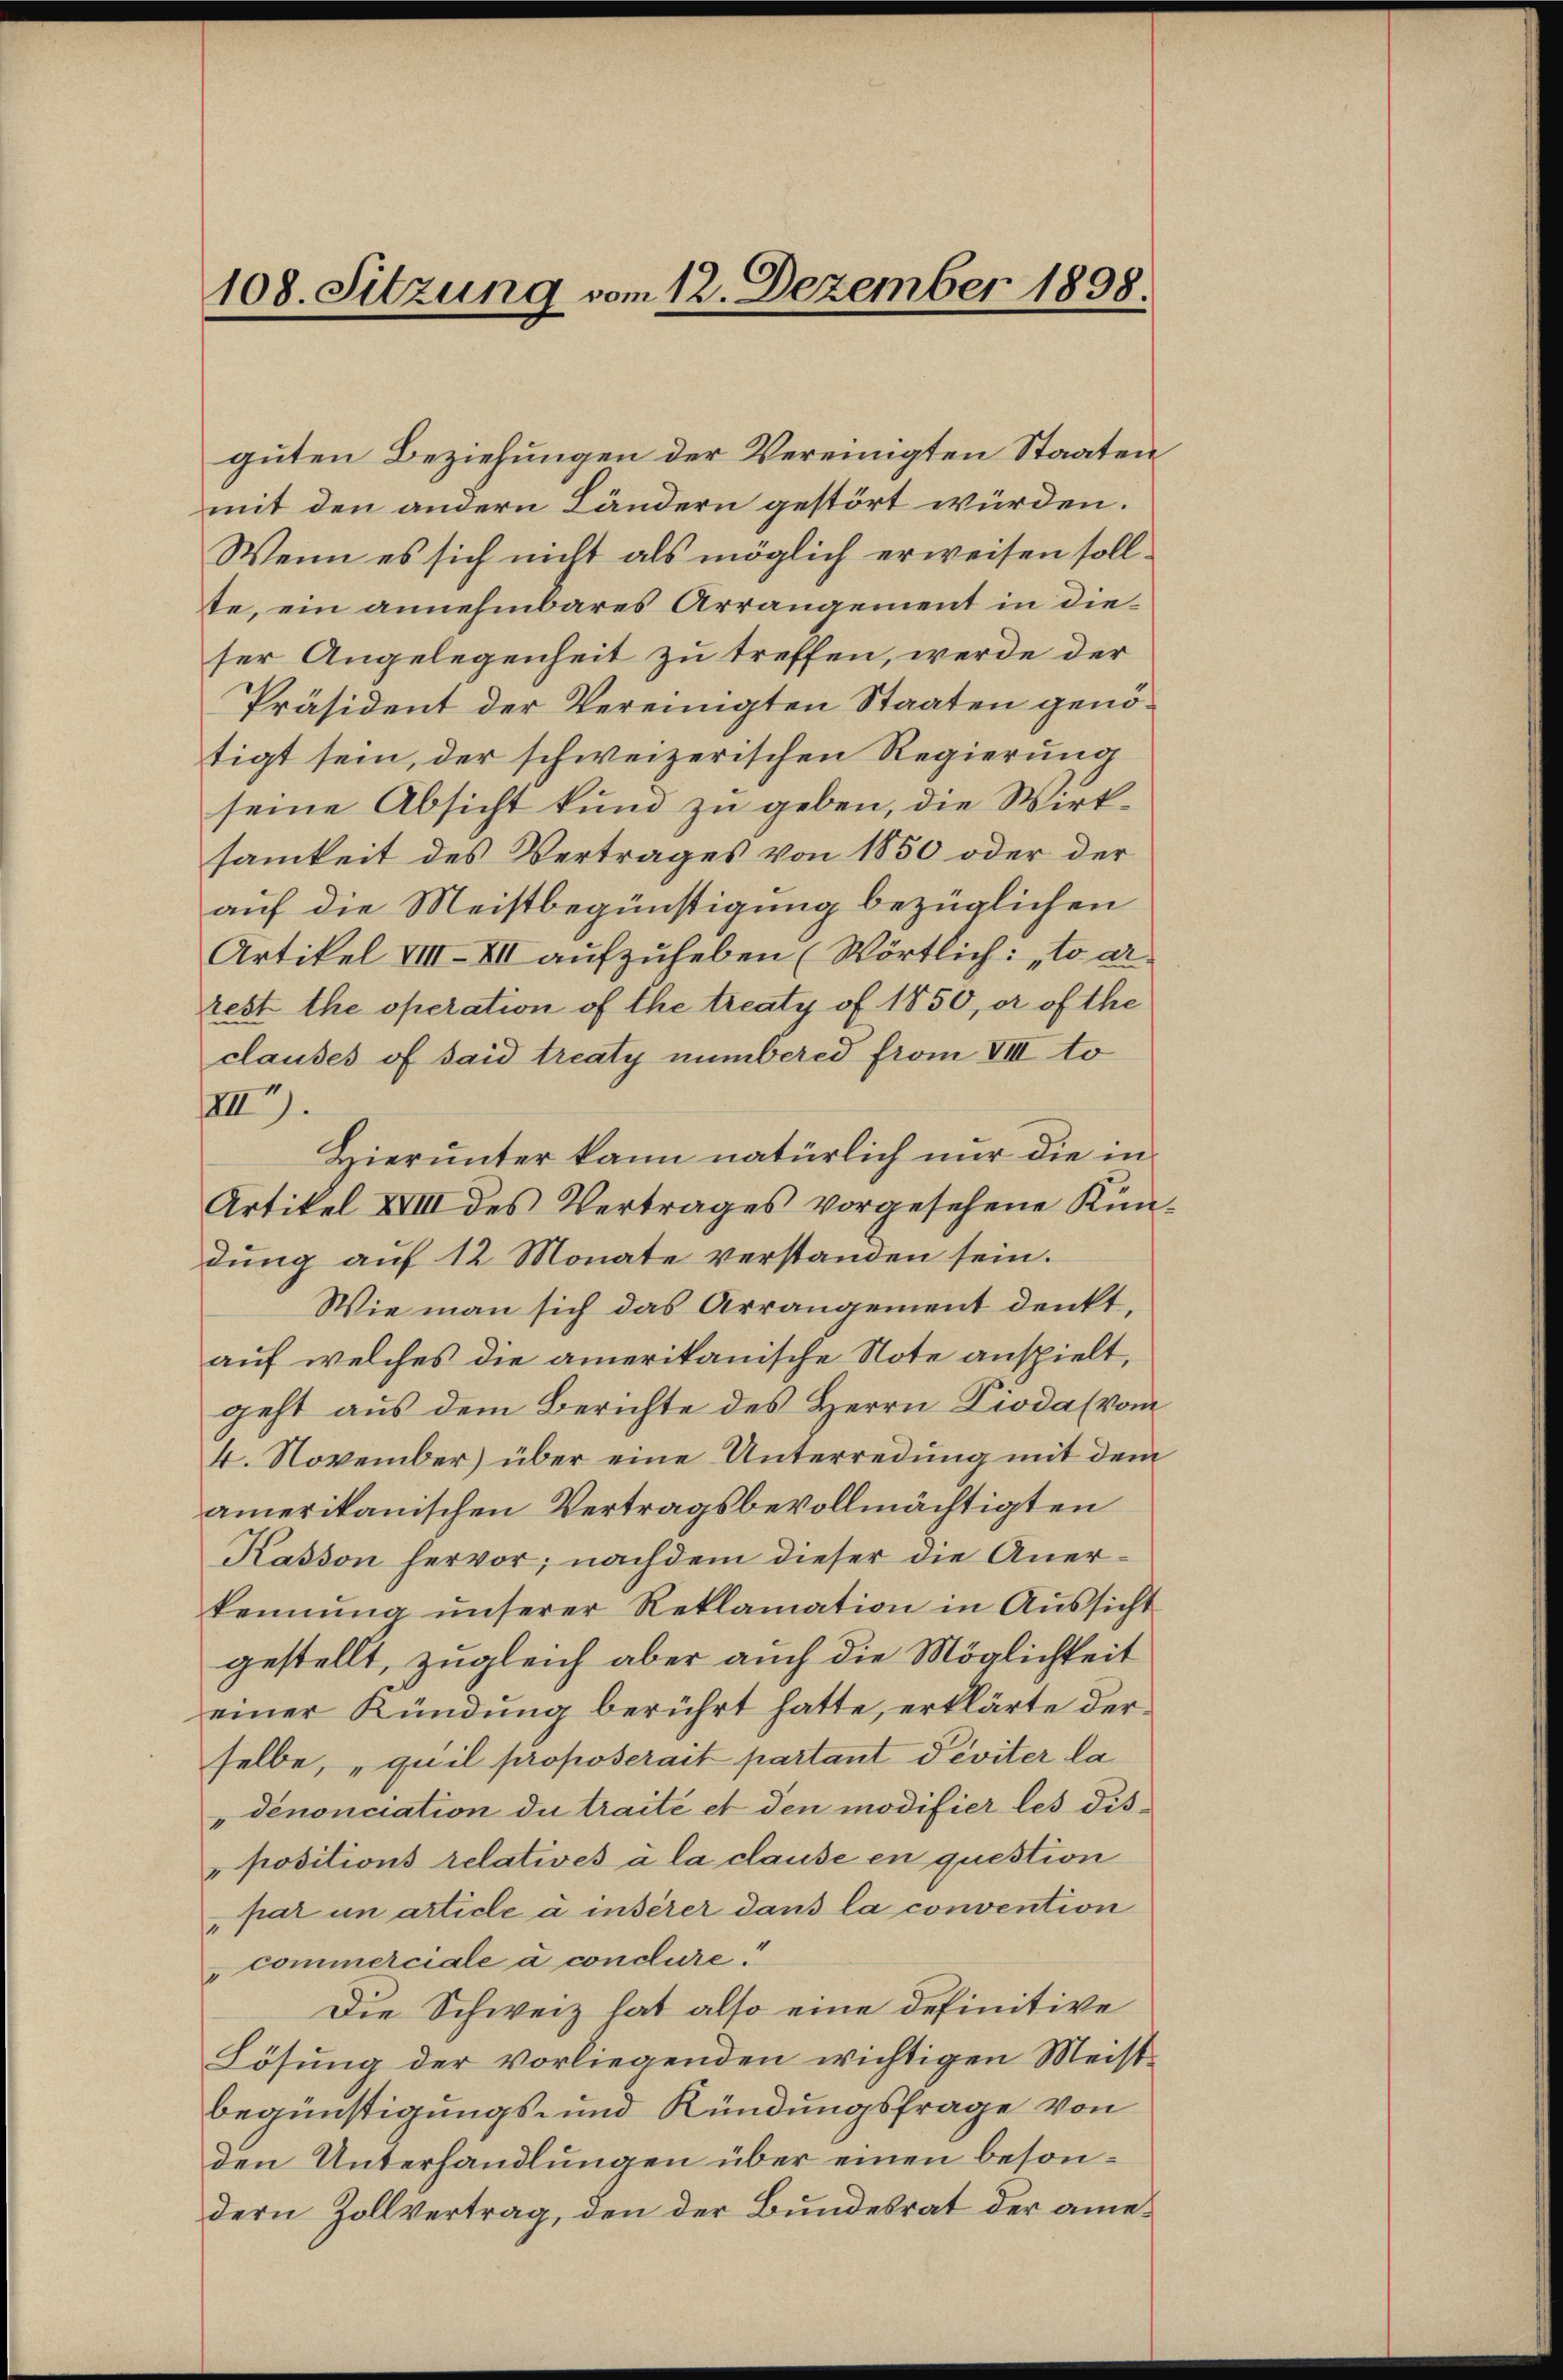
guten Beziehungen der Vereinigten Staaten
mit den andern Ländern gestört würden.
Wenn es sich nicht als möglich erweisen sollte, ein annehmbares Arrangement in dieser Angelegenheit zu treffen, werde der
Präsident der Vereinigten Staaten genötigt sein, der schweizerischen Regierung
seine Absicht kund zu geben, die Wirksamkeit des Vertrages von 1850 oder der
auf die Meistbegünstigung bezüglichen
Artikel VIII-XI aufzuheben (Wörtlich: „to dr
rest the operation of the treaty of 1850, er of the
clauses of said treaty numbered from VIII to
XII.
Hierunter kann natürlich nur die in
Artikel XVIII des Vertrages vorgesehene Kün-
dung auf 12 Monate verstanden sein.
Wie man sich das Arrangement denkt,
auf welches die amerikanische Note anspielt,
geht aus dem Berichte des Herrn Pioda (vom
4. November) über eine Unterredung mit dem
amerikanischen Vertragsbevollmächtigten
Kasson hervor; nachdem dieser die Anerkennung unserer Reklamation in Aŭssicht
gestellt, zugleich aber auch die Möglichkeit
einer Kündung berührt hatte, erklärte derselbe, „quil proposerait partant Peviter la
„denonciation du traite et den modifier les dis¬
" positions relatives à la clause en question
„par un article à inserer dans la convention
commerciale à conclure.
Die Schweiz hat also eine definitive
Lösung der vorliegenden wichtigen Meistbegünstigungs- und Kündungsfrage von
den Unterhandlungen über einen besondern Zollvertrag, den der Bundesrat der ame¬

108. Sitzung vom 12. Dezember 1898.